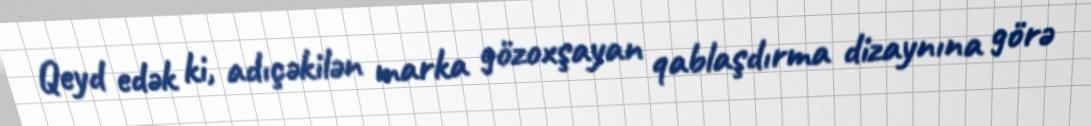
Qeyd edək ki, adıçəkilən marka gözoxşayan qablaşdırma dizaynına görə